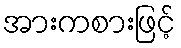
အားကစားဖြင့်